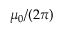
\mu _ { 0 } / ( 2 \pi )